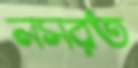
নসরত